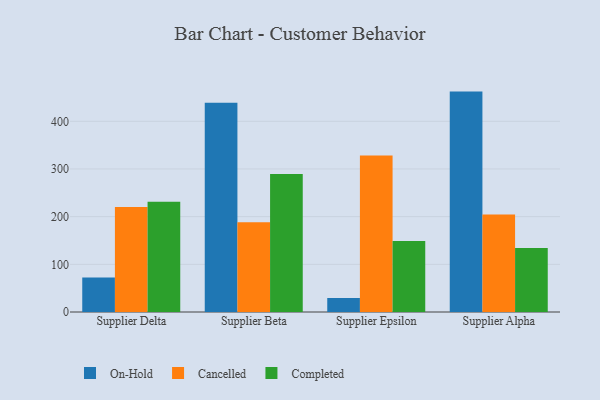
{"axis": {"x": "Supplier", "y": "Population (Million)"}, "legend": ["Cancelled", "Completed", "On-Hold"], "data": [{"x": "Supplier Delta", "y": 72.2, "type": "On-Hold"}, {"x": "Supplier Delta", "y": 220.0, "type": "Cancelled"}, {"x": "Supplier Delta", "y": 231.3, "type": "Completed"}, {"x": "Supplier Beta", "y": 438.7, "type": "On-Hold"}, {"x": "Supplier Beta", "y": 188.2, "type": "Cancelled"}, {"x": "Supplier Beta", "y": 289.4, "type": "Completed"}, {"x": "Supplier Epsilon", "y": 29.4, "type": "On-Hold"}, {"x": "Supplier Epsilon", "y": 328.3, "type": "Cancelled"}, {"x": "Supplier Epsilon", "y": 149.0, "type": "Completed"}, {"x": "Supplier Alpha", "y": 462.3, "type": "On-Hold"}, {"x": "Supplier Alpha", "y": 204.3, "type": "Cancelled"}, {"x": "Supplier Alpha", "y": 134.3, "type": "Completed"}]}